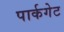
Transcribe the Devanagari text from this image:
पार्कगेट